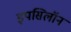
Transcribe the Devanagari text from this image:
इपसिलॉन